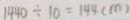
1 4 4 0 \div 1 0 = 1 4 4 ( m )